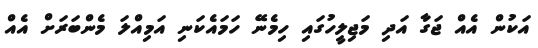
އަކުން އެއް ޖަގާ އަދި މަޖިލީހުގައި ހިމެނޭ ހަމައެކަނި އަމިއްލަ މެންބަރަށް އެއް